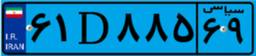
۶۱D۸۸۵۶۹